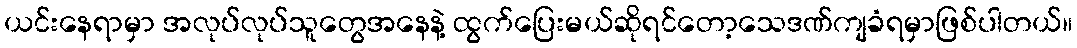
ယင်းနေရာမှာ အလုပ်လုပ်သူတွေအနေနဲ့ ထွက်ပြေးမယ်ဆိုရင်တော့သေဒဏ်ကျခံရမှာဖြစ်ပါတယ်။